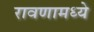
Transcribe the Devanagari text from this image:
रावणामध्ये